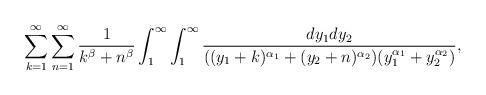
LaTeX: \begin{align*}\sum_{k=1}^{\infty}\sum_{n=1}^{\infty}\frac{1}{k^{\beta}+n^{\beta}}\int_1^{\infty}\int_1^{\infty}\frac{dy_1dy_2}{((y_1+k)^{\alpha_1}+(y_2+n)^{\alpha_2})(y_1^{\alpha_1}+y_2^{\alpha_2})},\end{align*}